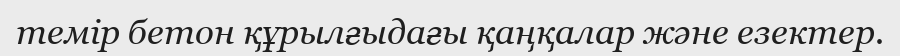
темір бетон құрылғыдағы қаңқалар және езектер.